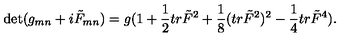
\det ( g _ { m n } + i \tilde { F } _ { m n } ) = g ( 1 + { \frac { 1 } { 2 } } t r \tilde { F } ^ { 2 } + { \frac { 1 } { 8 } } ( t r \tilde { F } ^ { 2 } ) ^ { 2 } - { \frac { 1 } { 4 } } t r \tilde { F } ^ { 4 } ) .